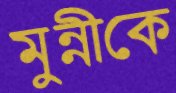
মুন্নীকে